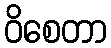
ဝိစေတာ